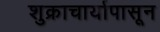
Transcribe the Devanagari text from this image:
शुक्राचार्यापासून